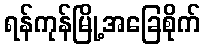
ရန်ကုန်မြို့အခြေစိုက်